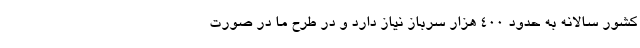
کشور سالانه به حدود ۴۰۰ هزار سرباز نیاز دارد و در طرح ما در صورت